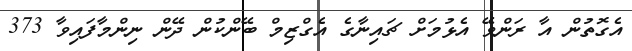
އެގޮތުން އާ ރަންވޭ އެޅުމަށް ޗައިނާގެ އެގްޒިމް ބޭންކުން ދޭން ނިންމާފައިވާ 373